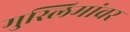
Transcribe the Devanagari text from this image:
मुस्लिमांवर